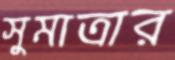
সুমাত্রার